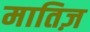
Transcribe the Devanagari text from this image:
मातिज़